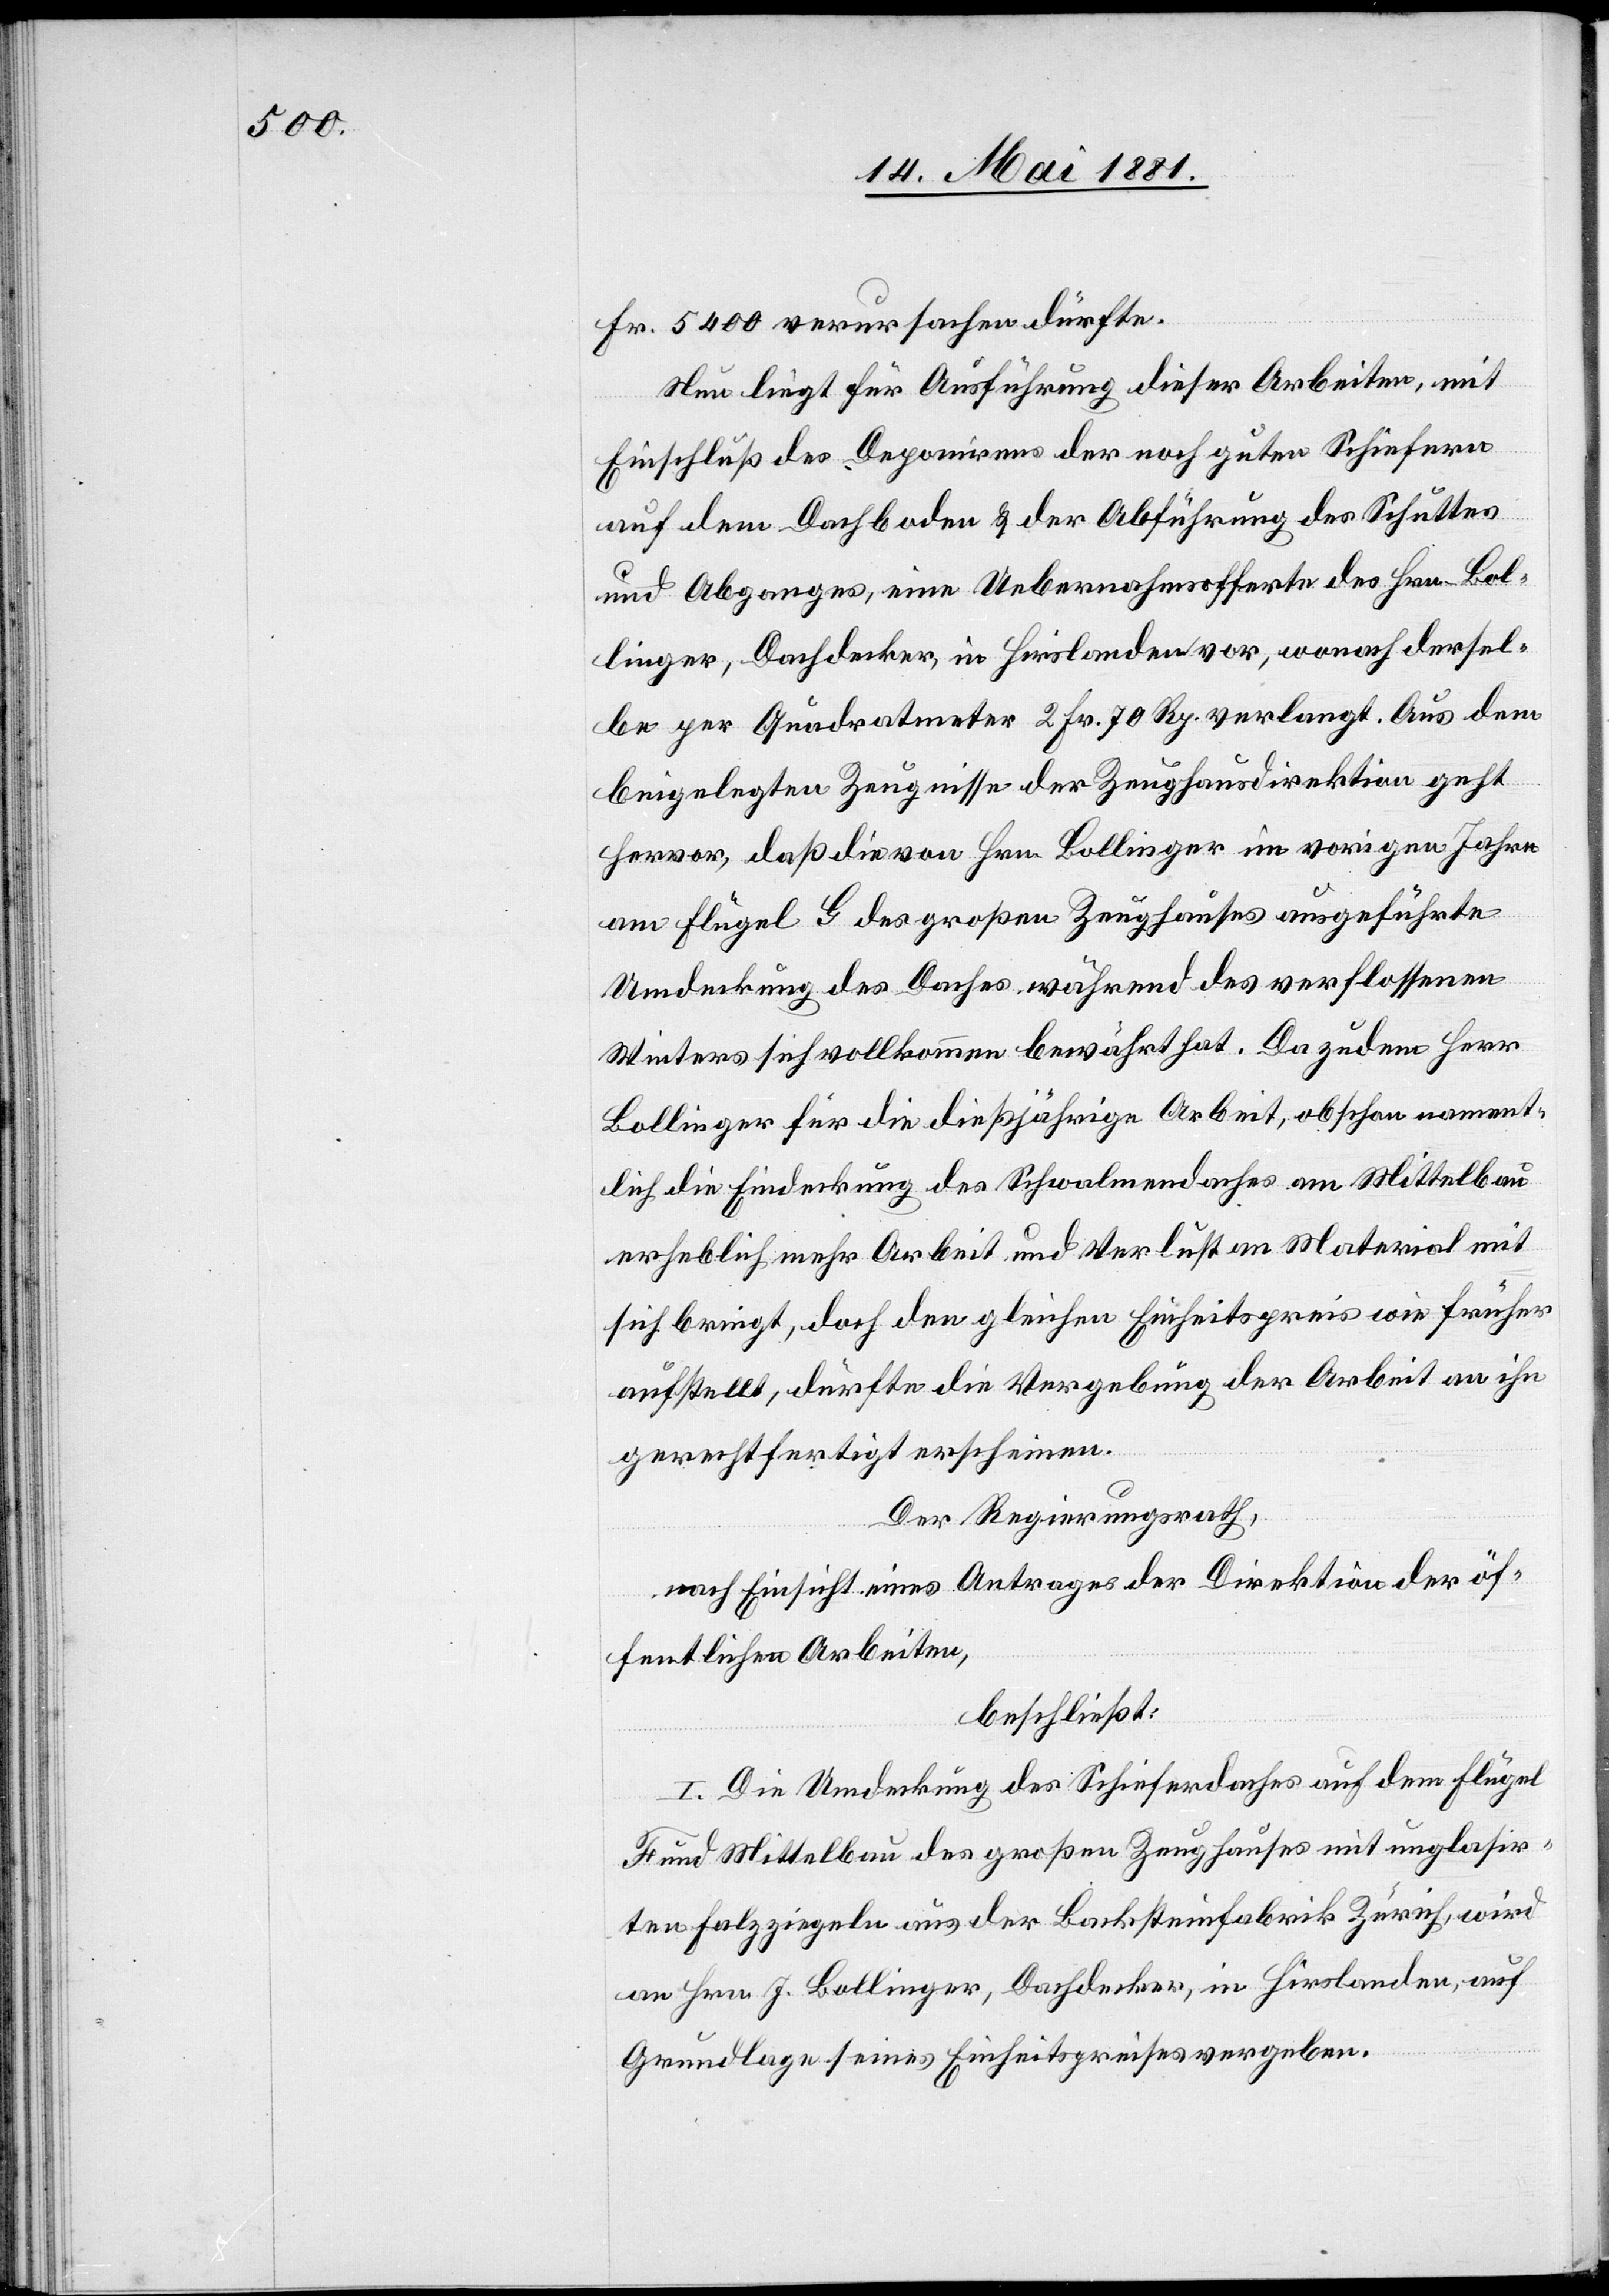
Fr. 5400 verursachen dürfte.
Neu liegt für Ausführung dieser Arbeiten mit
Einschluß des Deponirens der noch guten Schiefern
auf dem Dachboden & der Abführung des Schuttes
und Abganges, eine Uebernahmsofferte des Hrn. Bol¬
linger, Dachdecker, in Hirslanden vor, wonach dersel¬
be per Quadratmeter 2 Fr. 70 Rp. verlangt. Aus dem
beigelegten Zeugnisse der Zeughausdirektion geht
hervor, daß die von Hrn. Bollinger im vorigen Jahre
am Flügel G des großen Zeughauses ausgeführte
Umdeckung des Daches während des verflossenen
Winters sich vollkommen bewährt hat. Da zudem Herr
Bollinger für die dießjährige Arbeit, obschon nament¬
lich die Eindeckung des Schwalmendaches am Mittelbau
erheblich mehr Arbeit und Verlust an Material mit
sich bringt, doch den gleichen Einheitspreis wie früher
aufstellt, dürfte die Vergebung der Arbeit an ihn
gerechtfertigt erscheinen.
Der Regierungsrath,
nach Einsicht eines Antrages der Direktion der öf¬
fentlichen Arbeiten,
beschließt:
I. Die Umdeckung des Schieferdaches auf dem Flügel
F und Mittelbau des großen Zeughauses mit unglasir¬
ten Holzziegeln aus der Backsteinfabrik Zürich, wird
an Hrn. J. Bollinger, Dachdecker, in Hirslanden, auf
Grundlage seines Einheitspreises vergeben.